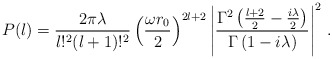
\begin{align*}P(l) = \frac{2\pi \lambda}{l!^2(l+1)!^2} \left( \frac{\omega r_0}{2}\right)^{2l+2} \left| \frac{\Gamma^2 \left( \frac{l+2}{2} - \frac{i\lambda }{2}\right)}{\Gamma \left( 1-i\lambda\right)} \right|^2\,.\end{align*}